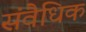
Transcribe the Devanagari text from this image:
संवैधिक